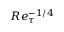
R e _ { \tau } ^ { - 1 / 4 }